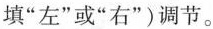
填”左”或”右”)调节。